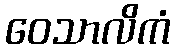
ဝေသာလိကံ